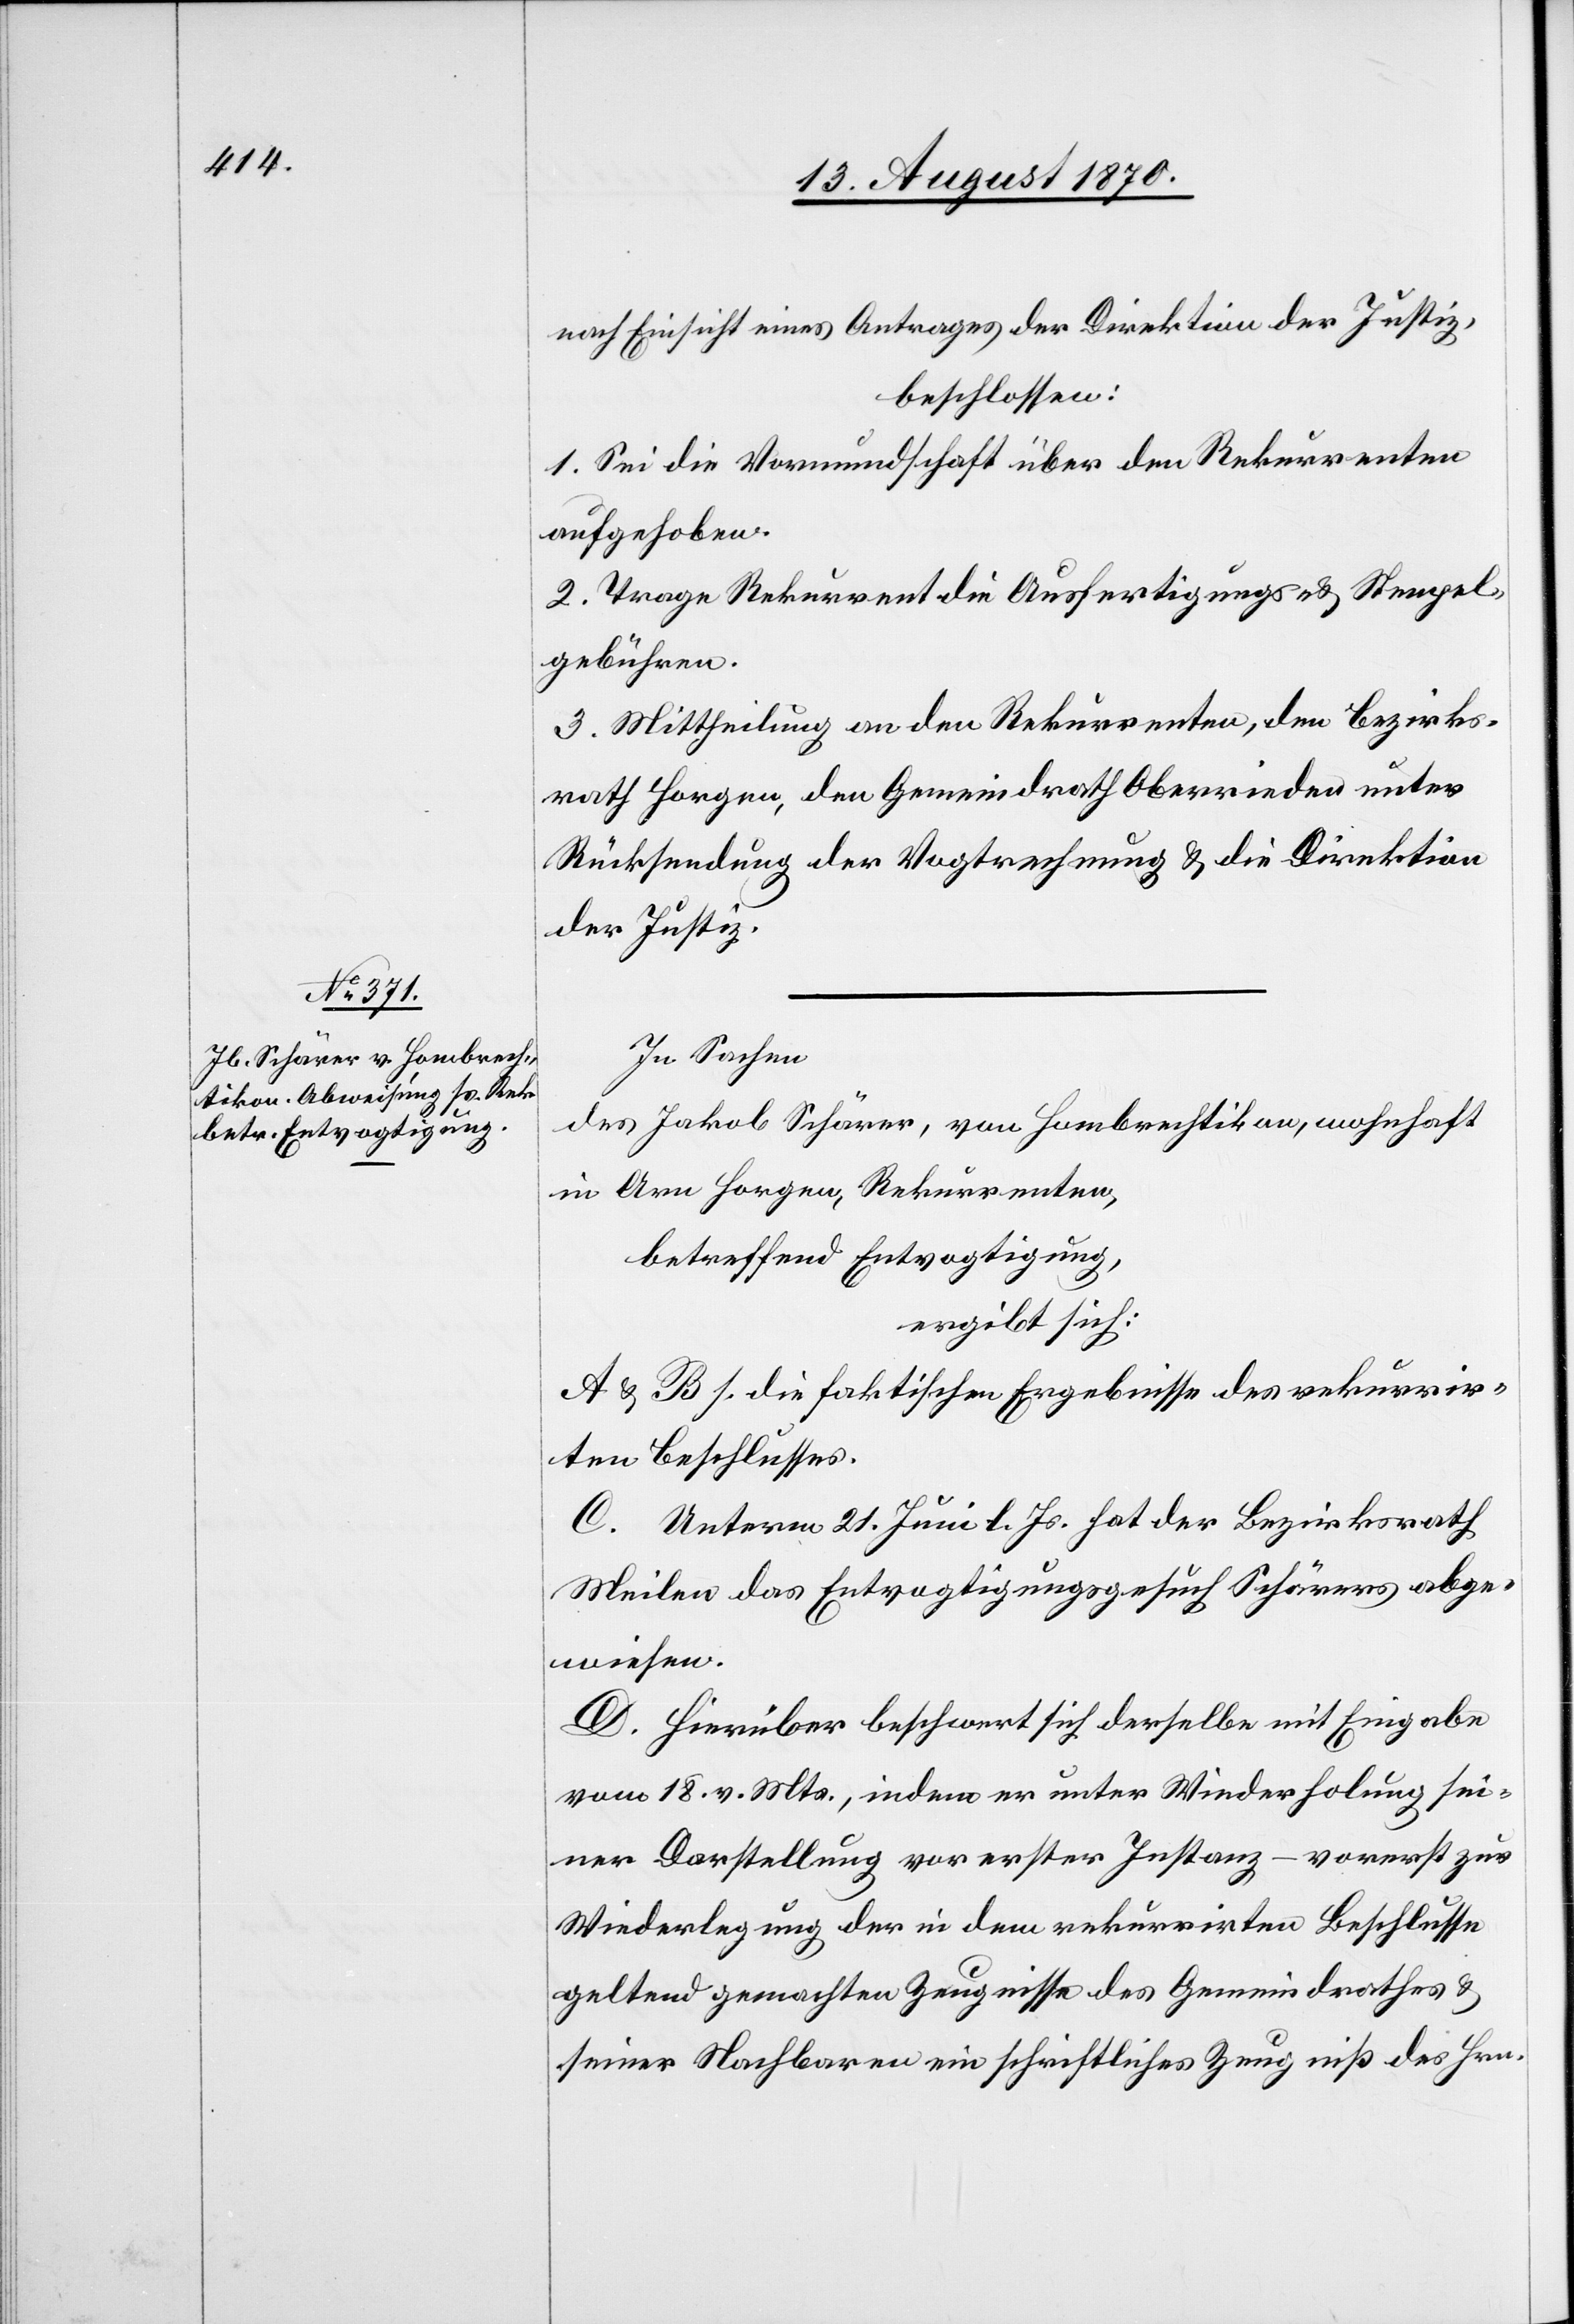
nach Einsicht eines Antrages der Direktion der Justiz,
beschlossen:
1. Sei die Vormundschaft über den Rekurrenten
aufgehoben.
2. Trage Rekurrent die Ausfertigungs- & Stempel¬
gebühren.
3. Mittheilung an den Rekurrenten, den Bezirks¬
rath Horgen, den Gemeindrath Oberrieden unter
Rücksendung der Vogtrechnung & die Direktion
der Justiz.
In Sachen
des Jakob Schärer, von Hombrechtikon, wohnhaft
in Arn - Horgen, Rekurrenten,
betreffend Entvogtigung,
ergibt sich:
A & B s. die faktischen Ergebnisse des rekurrir¬
ten Beschlusses.
C. Unterm 21. Juni l. Js. hat der Bezirksrath
Meilen das Entvogtigungsgesuch Schärers abge¬
wiesen.
D. Hierüber beschwert sich derselbe mit Eingabe
vom 18. v. Mts., indem er unter Wiederholung sei¬
ner Darstellung vor erster Instanz – vorerst zur
Wiederlegung der in dem rekurrirten Beschlusse
geltend gemachten Zeugnisse des Gemeindrathes &
seiner Nachbaren ein schriftliches Zeugniß des Hrn.